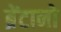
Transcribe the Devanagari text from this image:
ब्रेंटानो